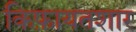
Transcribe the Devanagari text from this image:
किफ़ायतशार